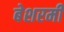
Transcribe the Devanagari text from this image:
बेशरमी